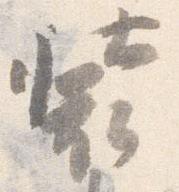
装